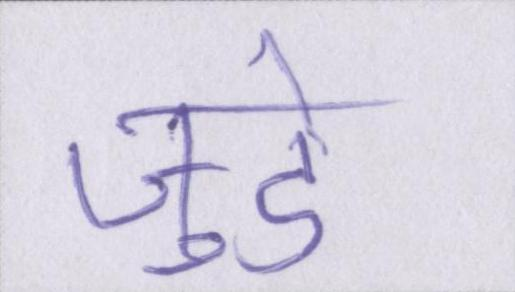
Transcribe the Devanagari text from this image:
जुडे